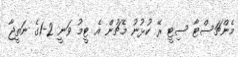
މެންޗަސްޓާ ސިޓީ ރޭ ކުޅުނު މެޗުން އެ ޓީމު ވަނީ 2-1ގެ ނަތީޖާ